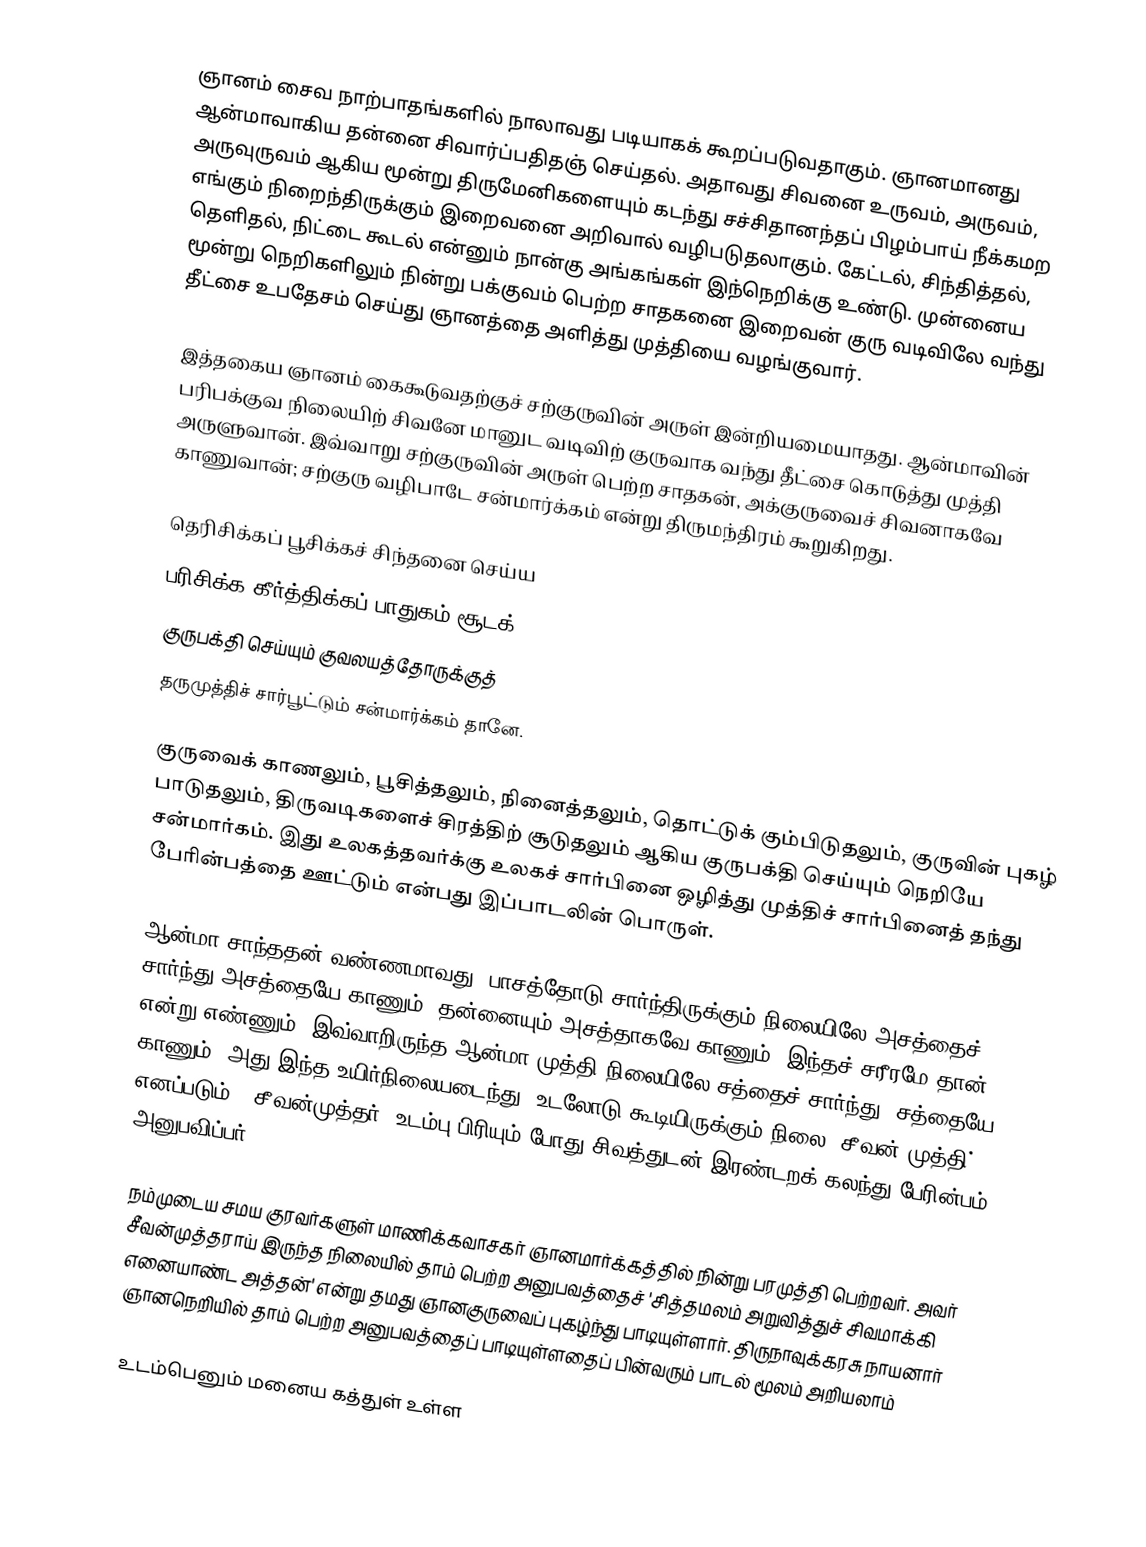
ஞானம் சைவ நாற்பாதங்களில் நாலாவது படியாகக் கூறப்படுவதாகும். ஞானமானது ஆன்மாவாகிய தன்னை சிவார்ப்பதிதஞ் செய்தல். அதாவது சிவனை உருவம், அருவம், அருவுருவம் ஆகிய மூன்று திருமேனிகளையும் கடந்து சச்சிதானந்தப் பிழம்பாய் நீக்கமற எங்கும் நிறைந்திருக்கும் இறைவனை அறிவால் வழிபடுதலாகும். கேட்டல், சிந்தித்தல், தெளிதல், நிட்டை கூடல் என்னும் நான்கு அங்கங்கள் இந்நெறிக்கு உண்டு. முன்னைய மூன்று நெறிகளிலும் நின்று பக்குவம் பெற்ற சாதகனை இறைவன் குரு வடிவிலே வந்து தீட்சை உபதேசம் செய்து ஞானத்தை அளித்து முத்தியை வழங்குவார்.

இத்தகைய ஞானம் கைகூடுவதற்குச் சற்குருவின் அருள் இன்றியமையாதது. ஆன்மாவின் பரிபக்குவ நிலையிற் சிவனே மானுட வடிவிற் குருவாக வந்து தீட்சை கொடுத்து முத்தி அருளுவான். இவ்வாறு சற்குருவின் அருள் பெற்ற சாதகன், அக்குருவைச் சிவனாகவே காணுவான்; சற்குரு வழிபாடே சன்மார்க்கம் என்று திருமந்திரம் கூறுகிறது.

 தெரிசிக்கப் பூசிக்கச் சிந்தனை செய்ய
 பரிசிக்க கீர்த்திக்கப் பாதுகம் சூடக்
 குருபக்தி செய்யும் குவலயத்தோருக்குத்
 தருமுத்திச் சார்பூட்டும் சன்மார்க்கம் தானே.

குருவைக் காணலும், பூசித்தலும், நினைத்தலும், தொட்டுக் கும்பிடுதலும், குருவின் புகழ் பாடுதலும், திருவடிகளைச் சிரத்திற் சூடுதலும் ஆகிய குருபக்தி செய்யும் நெறியே சன்மார்கம். இது உலகத்தவர்க்கு உலகச் சார்பினை ஒழித்து முத்திச் சார்பினைத் தந்து பேரின்பத்தை ஊட்டும் என்பது இப்பாடலின் பொருள்.

ஆன்மா சாந்ததன் வண்ணமாவது; பாசத்தோடு சார்ந்திருக்கும் நிலையிலே அசத்தைச் சார்ந்து அசத்தையே காணும். தன்னையும் அசத்தாகவே காணும். இந்தச் சரீரமே தான் என்று எண்ணும். இவ்வாறிருந்த ஆன்மா முத்தி நிலையிலே சத்தைச் சார்ந்து, சத்தையே காணும். அது இந்த உயிர்நிலையடைந்து, உடலோடு கூடியிருக்கும் நிலை 'சீவன் முத்தி்' எனப்படும். 'சீவன்முத்தர்' உடம்பு பிரியும் போது சிவத்துடன் இரண்டறக் கலந்து பேரின்பம் அனுபவிப்பர்.

நம்முடைய சமய குரவர்களுள் மாணிக்கவாசகர் ஞானமார்க்கத்தில் நின்று பரமுத்தி பெற்றவர். அவர் சீவன்முத்தராய் இருந்த நிலையில் தாம் பெற்ற அனுபவத்தைச் 'சித்தமலம் அறுவித்துச் சிவமாக்கி எனையாண்ட அத்தன்' என்று தமது ஞானகுருவைப் புகழ்ந்து பாடியுள்ளார். திருநாவுக்கரசு நாயனார் ஞானநெறியில் தாம் பெற்ற அனுபவத்தைப் பாடியுள்ளதைப் பின்வரும் பாடல் மூலம் அறியலாம்

உடம்பெனும் மனைய கத்துள் உள்ள